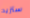
ستزيد